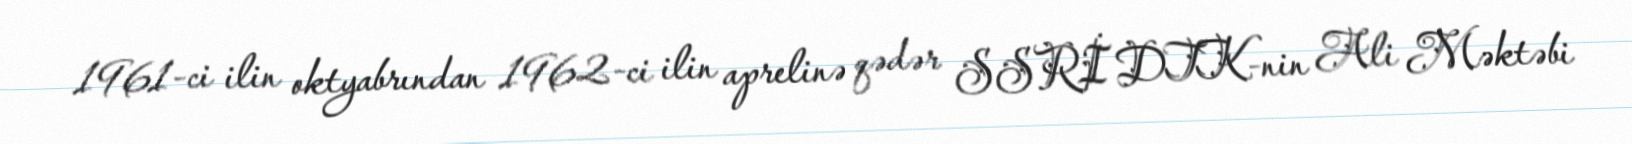
1961-ci ilin oktyabrından 1962-ci ilin aprelinə qədər SSRİ DTK-nin Ali Məktəbi